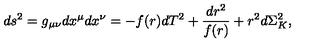
d s ^ { 2 } = g _ { \mu \nu } d x ^ { \mu } d x ^ { \nu } = - f ( r ) d T ^ { 2 } + \frac { d r ^ { 2 } } { f ( r ) } + r ^ { 2 } d \Sigma _ { K } ^ { 2 } ,